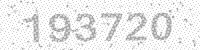
Solution: 193720